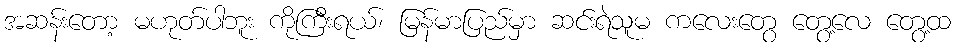
အဆန်းတော့ မဟုတ်ပါဘူး ကိုကြီးရယ်၊ မြန်မာပြည်မှာ ဆင်းရဲသူမ ကလေးတွေ တွေ့လေ တွေ့ထ